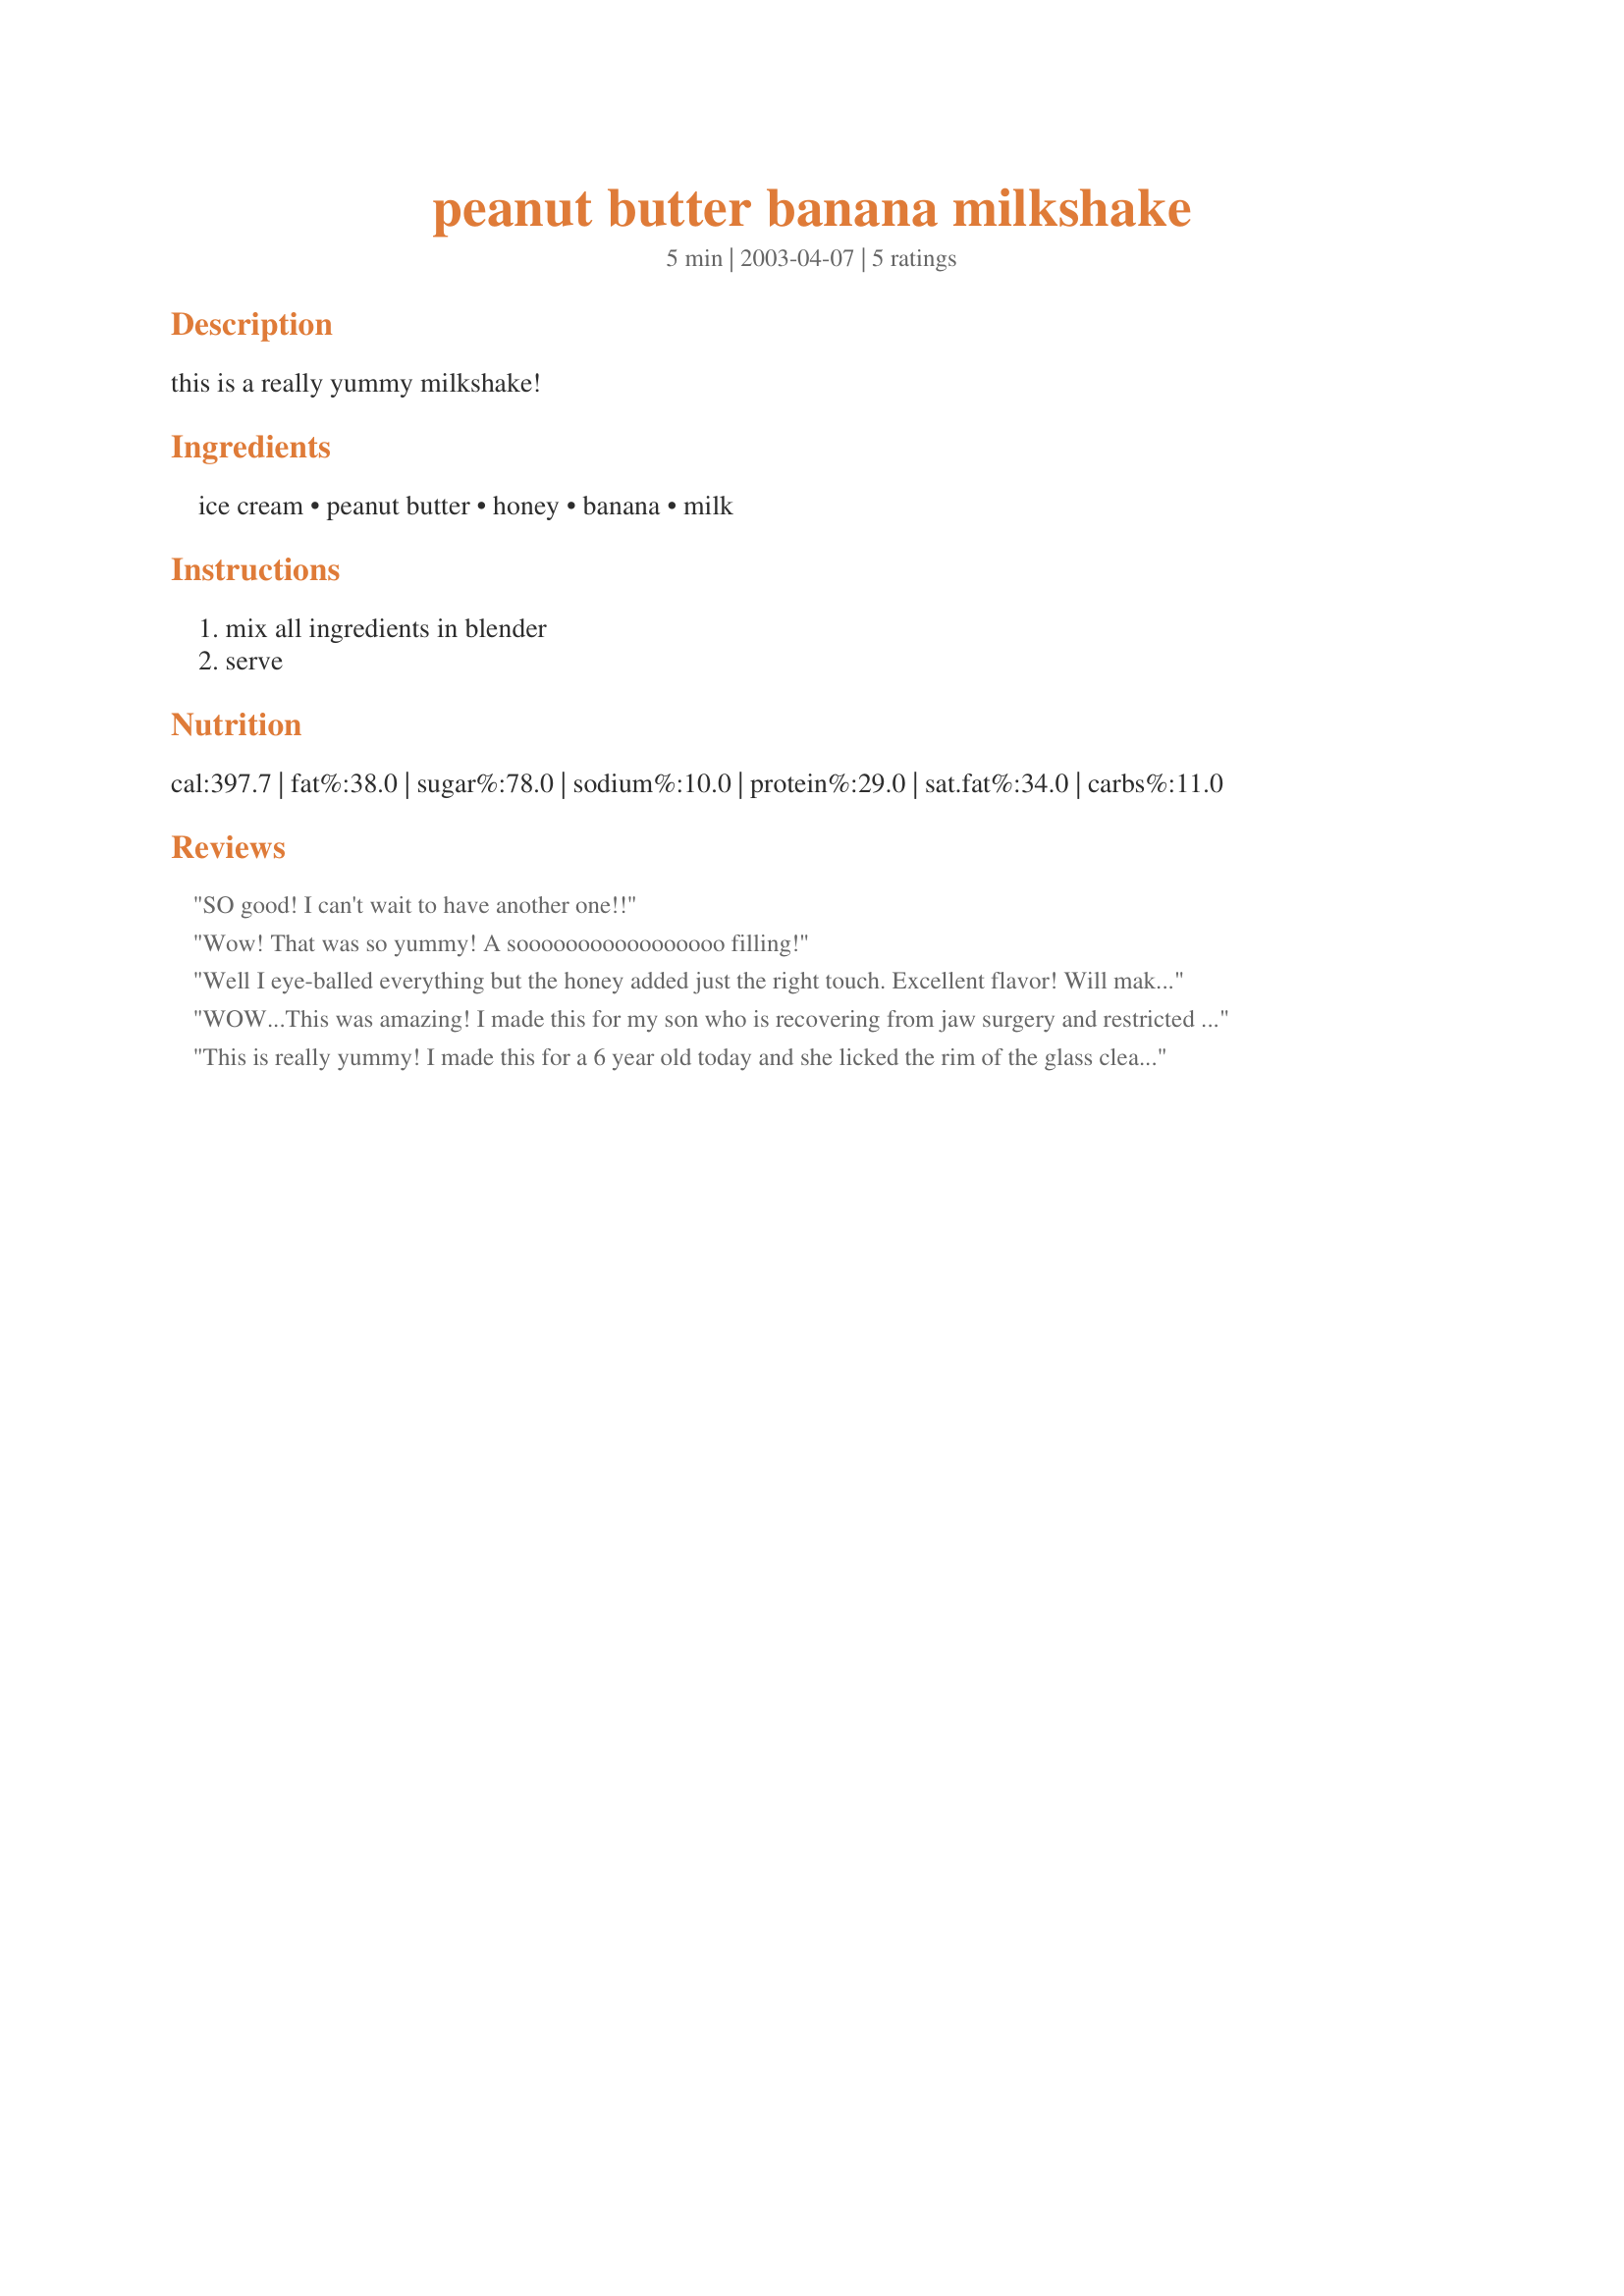
peanut butter banana milkshake
Preparation time: 5 minutes

this is a really yummy milkshake!

Ingredients:
ice cream, peanut butter, honey, banana, milk

Steps:
mix all ingredients in blender, serve

Reviews:
SO good! I can't wait to have another one!!
Wow! That was so yummy! A sooooooooooooooooo filling!
Well I eye-balled everything but the honey added just the right touch. Excellent flavor! Will make often, thanks!
WOW...This was amazing! I made this for my son who is recovering from jaw surgery and restricted to liquids for 6 wks with his jaws banded shut. I was looking for creative smoothie/milkshake recipes and he loves peanut butter but didn't think he would like a peanut butter milkshake. Well, I made this, he tried it and loves it! I added a scoop of protein powder and ice and it was super-fabulous! I would give it 100 stars! Wow! Just delicious!
This is really yummy! I made this for a 6 year old today and she licked the rim of the glass clean!
I did taste a little as well, it's really yummy. I used vanilla ice-cream today, but I may go in for chocolate ice-cream next time to double the yumminess!! One thing though that I'd really like to add is that this has to be served really cold to be enjoyed best. At room temperature, this doesn't taste so good as it does when cold.
Thanks for posting! You made the child so happy and filled her hungry tummy as well;)
